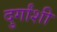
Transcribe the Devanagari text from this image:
दुर्गांशी